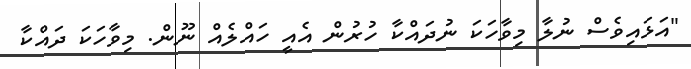
"އަޅައިވެސް ނުލާ މިވާހަކަ ނުދައްކާ ހުރުން އެއީ ހައްލެއް ނޫން. މިވާހަކަ ދައްކާ